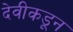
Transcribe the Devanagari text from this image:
देवीकडून